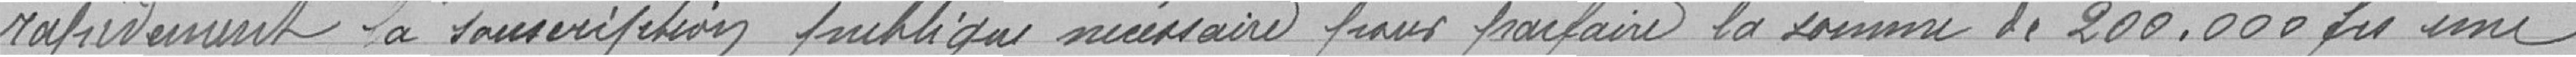
rapidement la conscription publique nécessaire pour parfaire la somme de 200.000 francs une